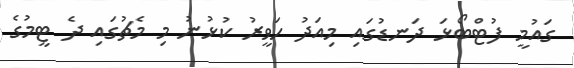
ގައުމީ ފުޓްބޯޅަ ދަނޑުގައި މިއަދު ހަވީރު ކުޅުނު މި މެޗުގައި ދެ ޓީމުގެ